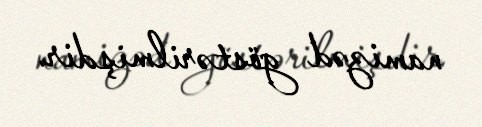
namizəd göstərilmişdir.